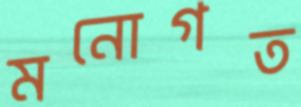
মনোগত